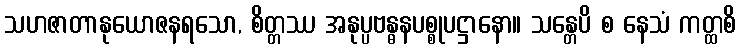
သဟဇာတာနုယောဇနရသော, စိတ္တဿ အနုပ္ပဗန္ဓနပစ္စုပဋ္ဌာနော။ သန္တေပိ စ နေသံ ကတ္ထစိ